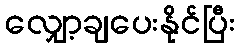
လျှော့ချပေးနိုင်ပြီး